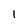
Character: 1